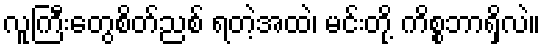
လူကြီးတွေစိတ်ညစ် ရတဲ့အထဲ၊ မင်းတို့ ကိစ္စဘာရှိလဲ။